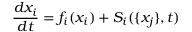
\frac { d x _ { i } } { d t } = f _ { i } ( x _ { i } ) + S _ { i } ( \{ x _ { j } \} , t )